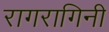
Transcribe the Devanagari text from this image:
रागरागिनी